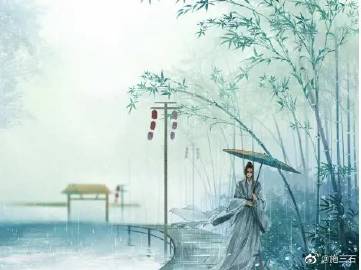
问讯湖边春色，重来又是三年。